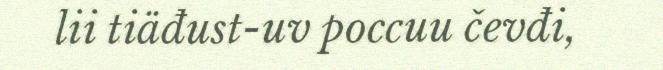
lii tiäđust-uv poccuu čevđi,